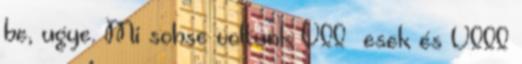
be, ugye. Mi sohse voltunk VII –esek és VIII